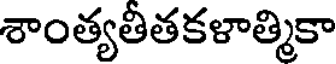
శాంత్యతీతకళాత్మికా